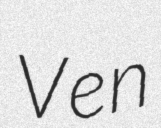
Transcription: Ven